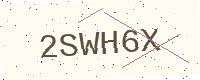
Text: 2SWH6X